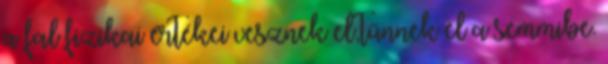
a fal fizikai értékei vesznek el,tűnnek el a semmibe.